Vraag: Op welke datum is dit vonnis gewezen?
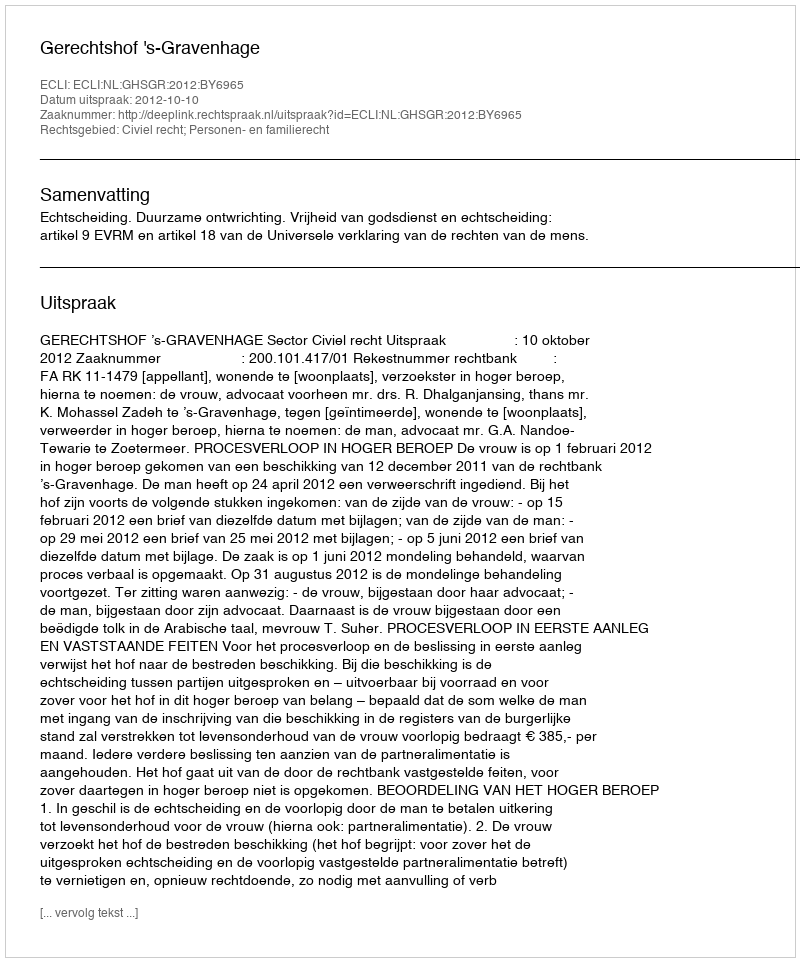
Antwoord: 2012-10-10